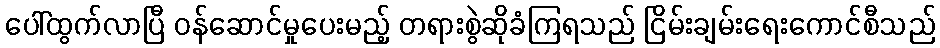
ပေါ်ထွက်လာပြီ ဝန်ဆောင်မှုပေးမည့် တရားစွဲဆိုခံကြရသည် ငြိမ်းချမ်းရေးကောင်စီသည်